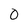
Character: 0